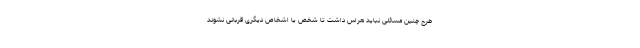
طرح چنین مسائلی نباید هراس داشت تا شخص یا اشخاص دیگری قربانی نشوند